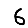
Digit: 6